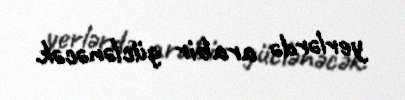
yerlərdə arabir güclənəcək.